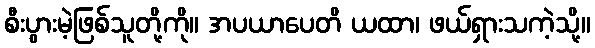
စီးပွားမဲ့ဖြစ်သူတို့ကို။ အပယာပေတိ ယထာ၊ ဖယ်ရှားသကဲ့သို့။